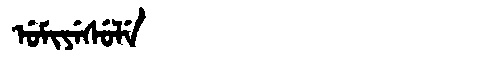
Manchu: ᡠᠮᡳᠶᡝᠰᡠᠯᡝ
Romanization: UMIYESULE